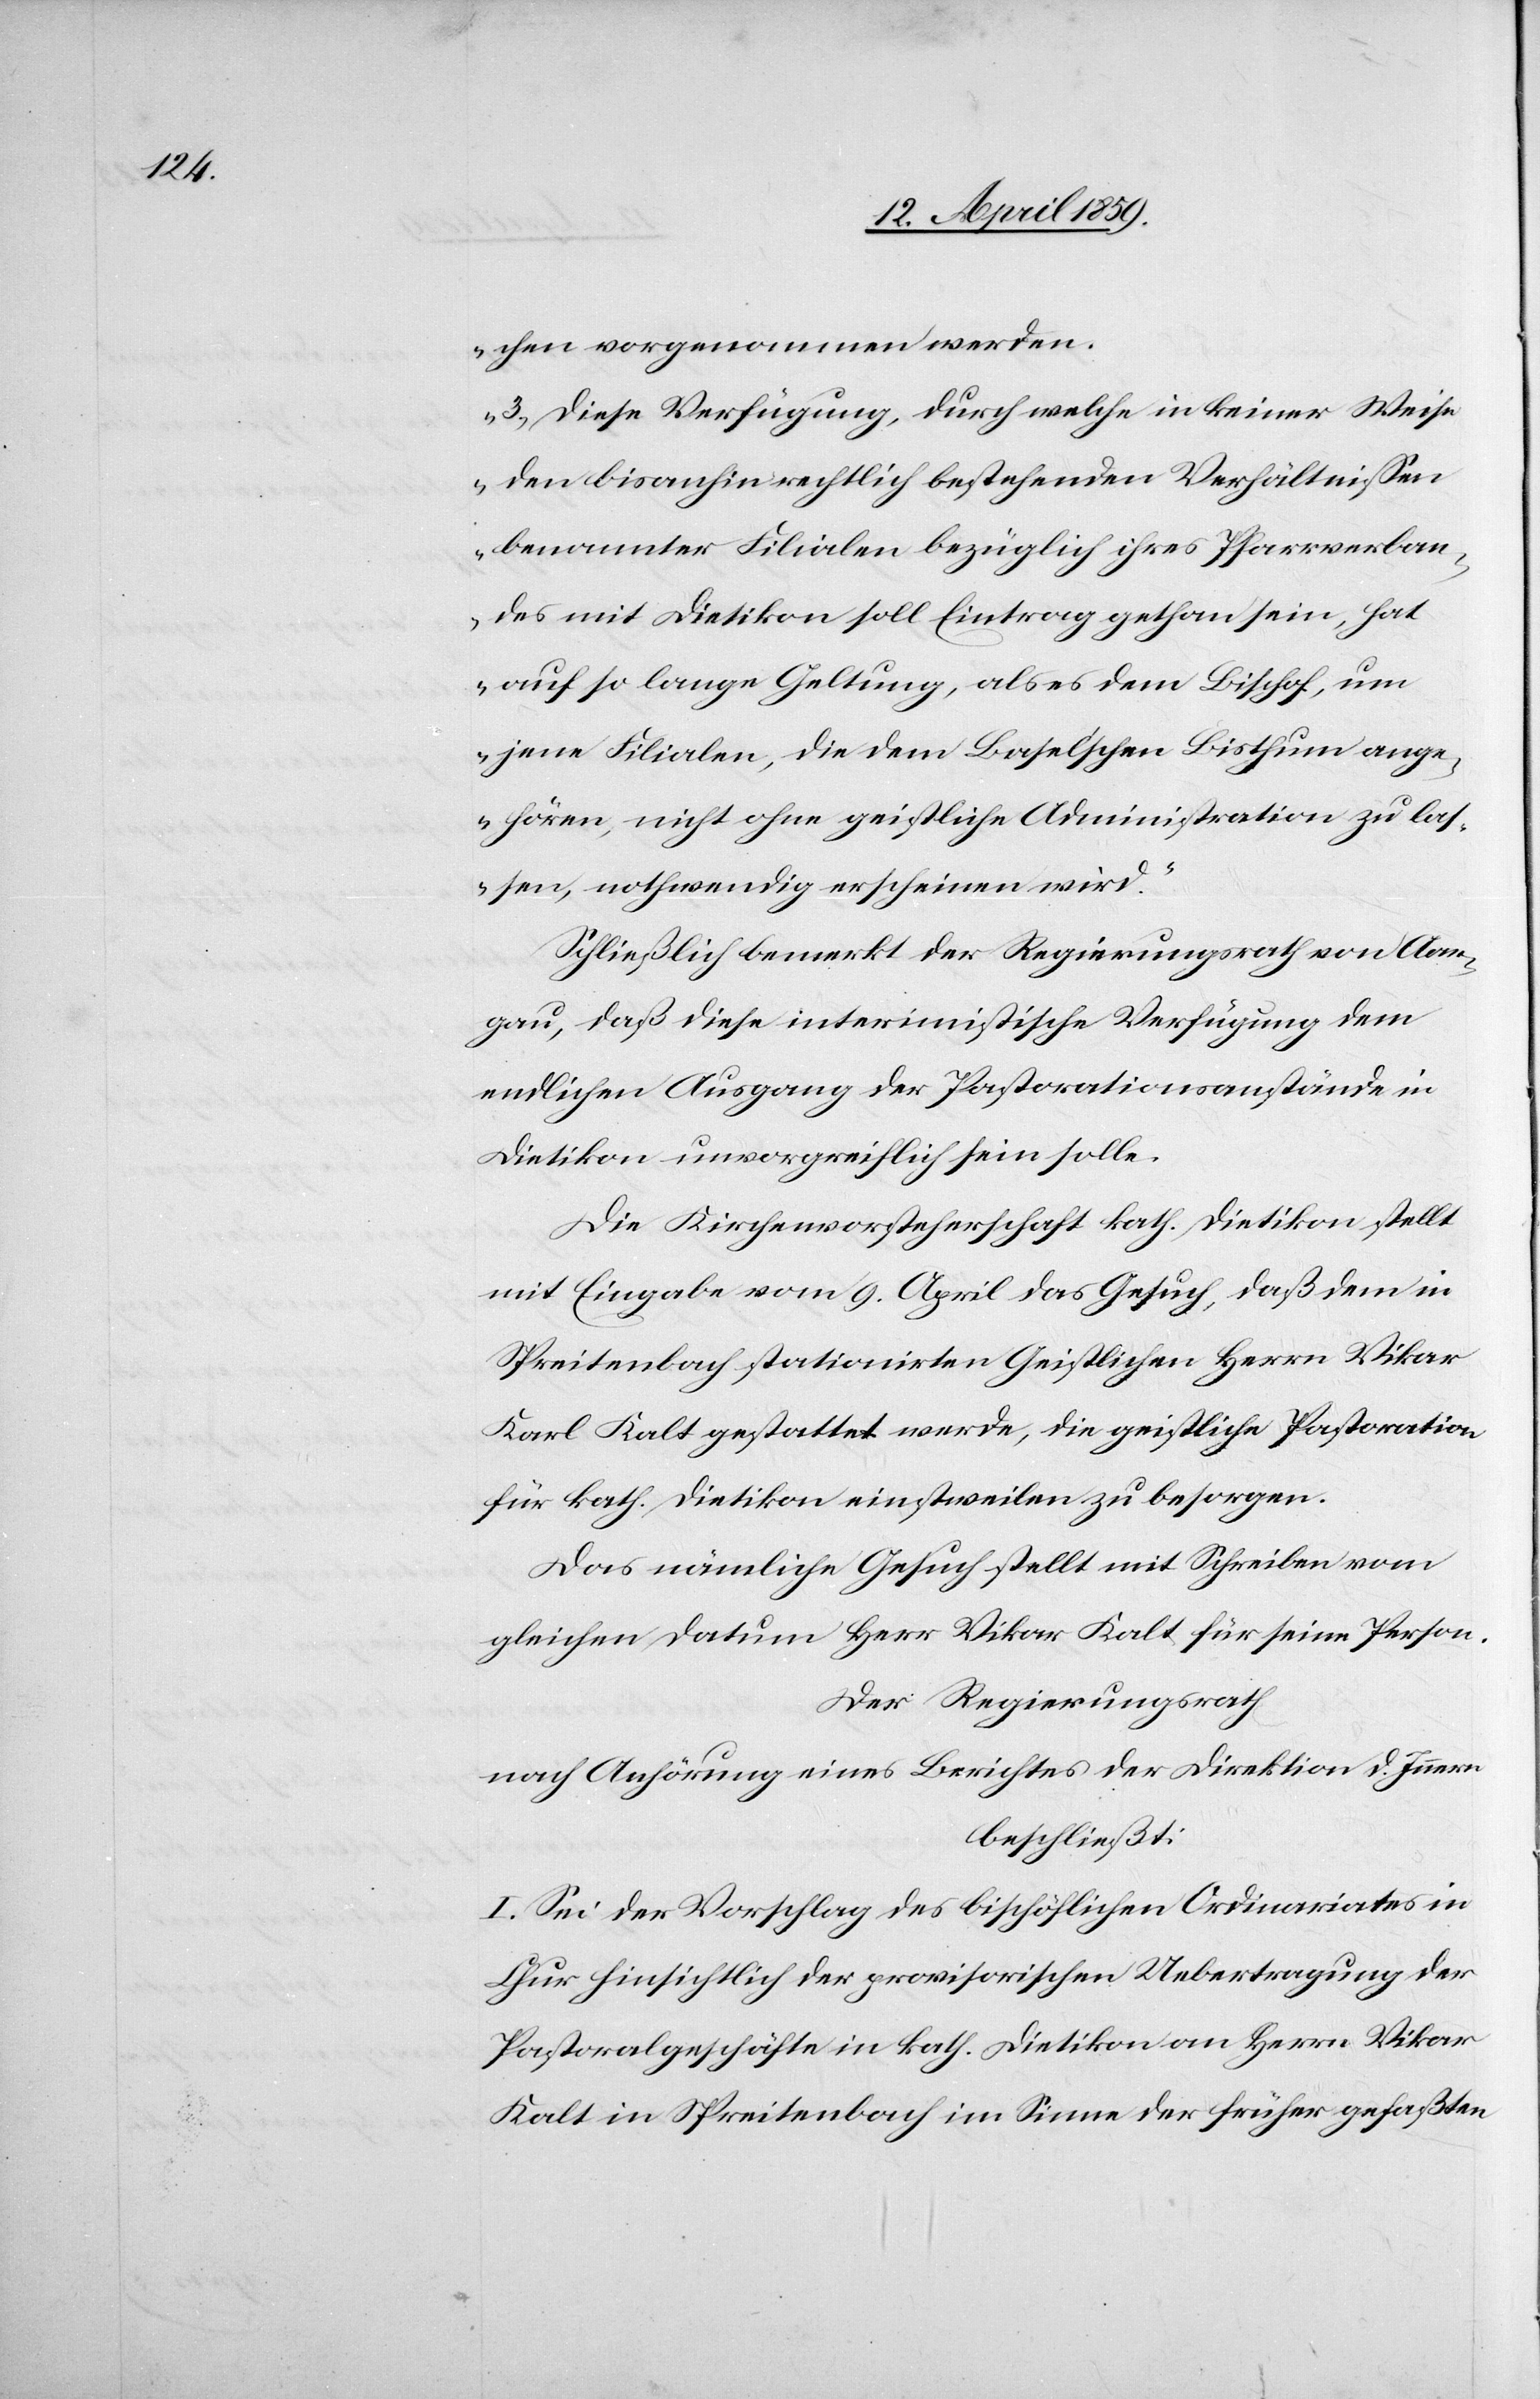
chen vorgenommen werden.[“]
„3) Diese Verfügung, durch welche in keiner Weise
den bisanhin rechtlich bestehenden Verhältnißen
benannter Filialen bezüglich ihres Pfarrverban¬
des mit Dietikon soll Eintrag gethan sein, hat
auf so lange Geltung, als es dem Bischof, um
jene Filialen, die dem Baselschen Bisthum ange¬
hören, nicht ohne geistliche Administration zu las¬
sen, nothwendig erscheinen wird.“
Schließlich bemerkt der Regierungsrath von Aar¬
gau, daß diese interimistische Verfügung dem
endlichen Ausgang der Pastorationsanstände in
Dietikon unvorgreiflich sein solle.
Die Kirchenvorsteherschaft kath. Dietikon stellt
mit Eingabe vom 9. April das Gesuch, daß dem in
Spreitenbach stationirten Geistlichen Herrn Vikar
Karl Kalt gestattet werde, die geistliche Pastoration
für kath. Dietikon einstweilen zu besorgen.
Das nämliche Gesuch stellt mit Schreiben vom
gleichen Datum Herr Vikar Kalt für seine Person.
Der Regierungsrath
nach Anhörung eines Berichtes der Direktion d. Innern
beschließt:
I. Sei der Vorschlag des bischöflichen Ordinariates in
Chur hinsichtlich der provisorischen Uebertragung der
Pastoralgeschäfte in kath. Dietikon an Herrn Vikar
Kalt in Spreitenbach im Sinne der früher gefaßten